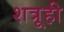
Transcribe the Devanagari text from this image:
शत्रूही